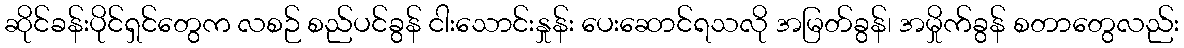
ဆိုင်ခန်းပိုင်ရှင်တွေက လစဉ် စည်ပင်ခွန် ငါးသောင်းနှုန်း ပေးဆောင်ရသလို အမြတ်ခွန်၊ အမှိုက်ခွန် စတာတွေလည်း